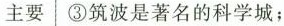
主要 ③筑波是著名的科学城